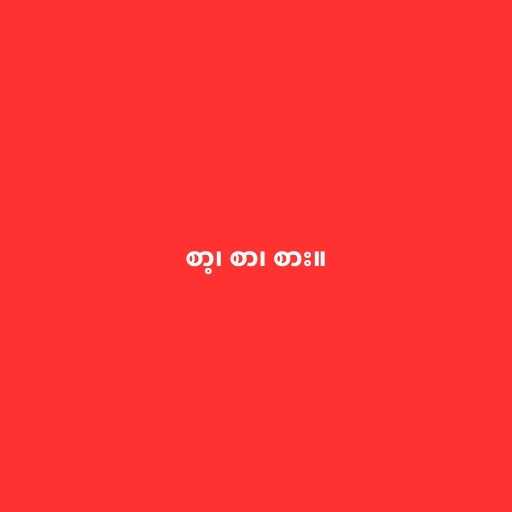
စာ့၊ စာ၊ စား။